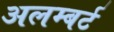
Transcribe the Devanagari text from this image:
अलम्बर्ट